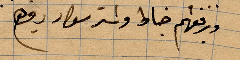
ورفيقهم خياط ...